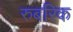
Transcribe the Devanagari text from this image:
रुबरिक